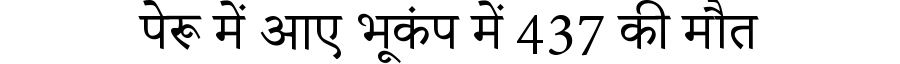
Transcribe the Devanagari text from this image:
पेरू में आए भूकंप में 437 की मौत